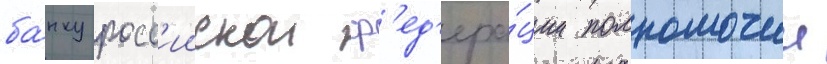
ба́нку росс'иискои ф'ед'ера́ции полномочии